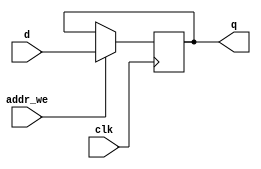


module  programcounter(
	input clk,
	input [31:0] d,
	input addr_we,
	output reg [31:0] q
);//This module is the address of the nnext instruction to be used in the program
//Essentially a 4 byte long address. 
initial q= 0;
	always @(posedge clk) begin   //update on every clock edge
		if (addr_we)
			q<=d;
	end



endmodule